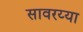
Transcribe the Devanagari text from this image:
सावरय्या